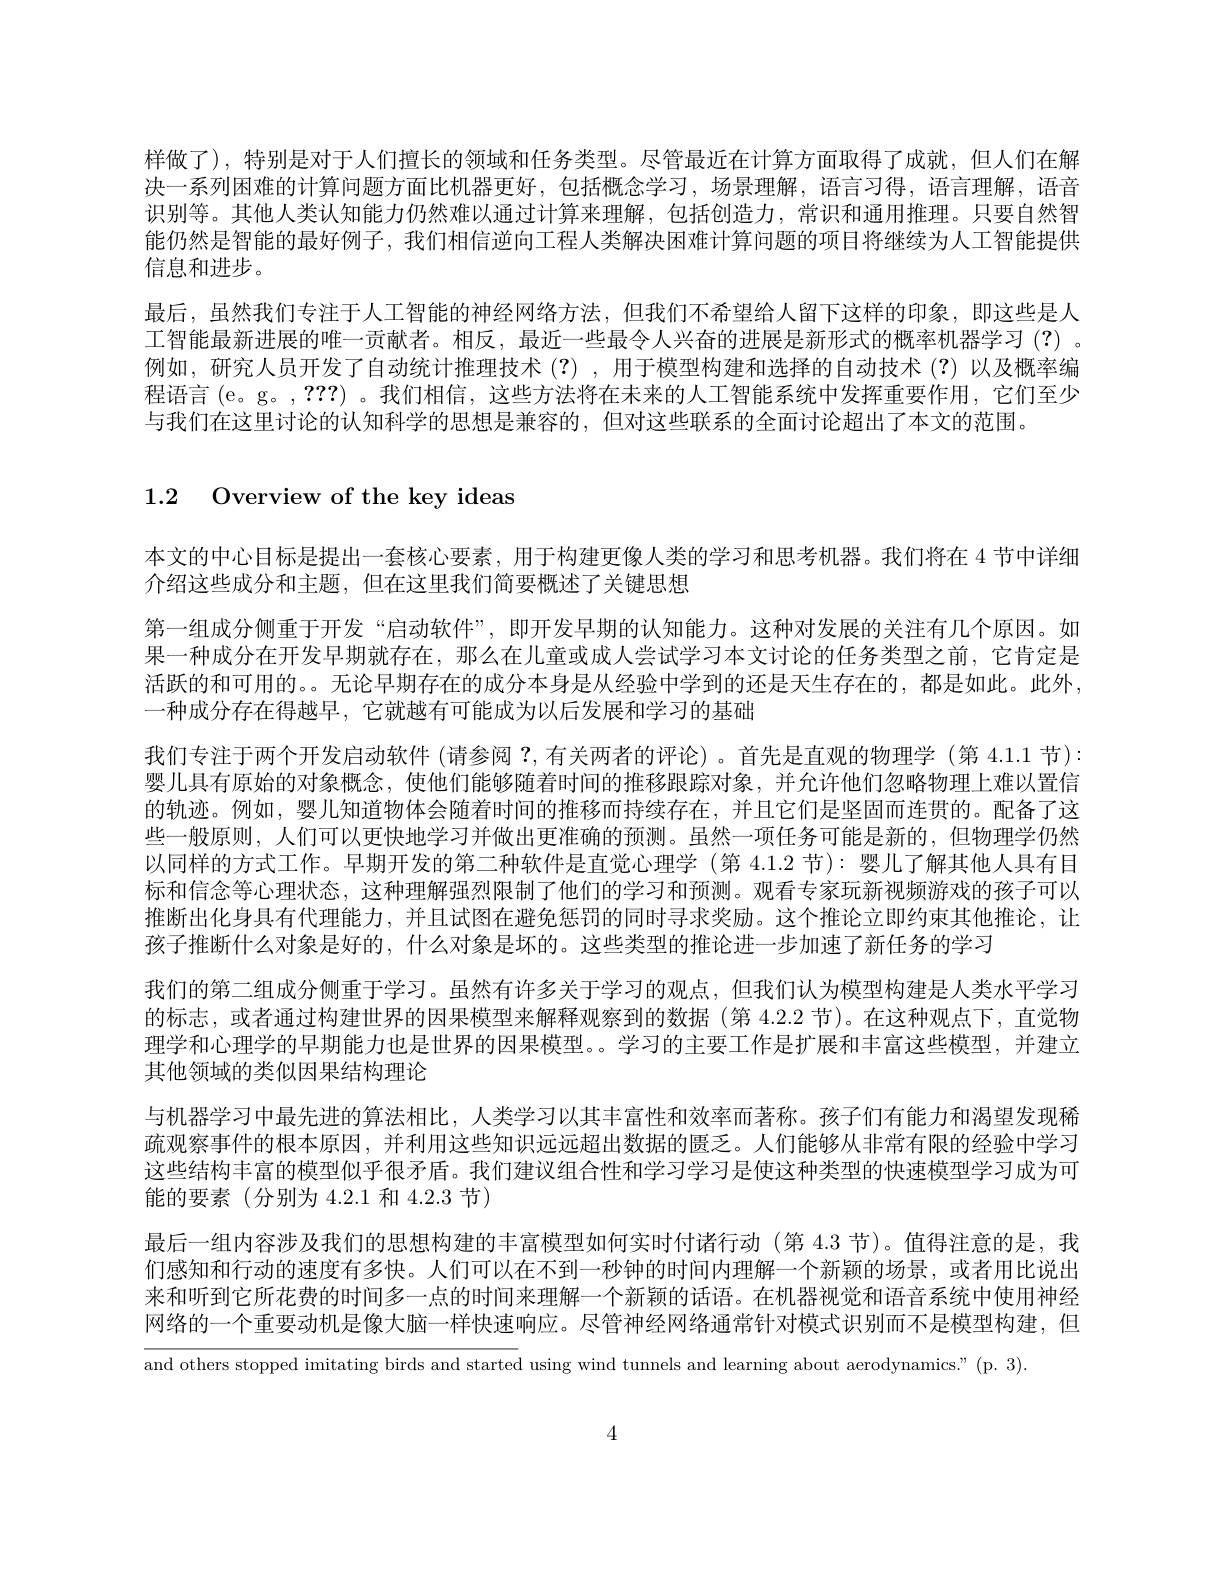
样做了),特别是对于人们擅长的领域和任务类型。尽管最近在计算方面取得了成就，但人们在解决一系列困难的计算问题方面比机器更好，包括概念学习，场景理解，语言习得，语言理解，语音识别等。其他人类认知能力仍然难以通过计算来理解，包括创造力，常识和通用推理。只要自然智能仍然是智能的最好例子，我们相信逆向工程人类解决困难计算问题的项目将继续为人工智能提供信息和进步。
最后，虽然我们专注于人工智能的神经网络方法，但我们不希望给人留下这样的印象，即这些是人工智能最新进展的唯一贡献者。相反，最近一些最令人兴奋的进展是新形式的概率机器学习(?) 。例如，研究人员开发了自动统计推理技术(?),用于模型构建和选择的自动技术(?)以及概率编程语言 (e。g。,???) 。我们相信，这些方法将在未来的人工智能系统中发挥重要作用，它们至少与我们在这里讨论的认知科学的思想是兼容的，但对这些联系的全面讨论超出了本文的范围。

# 1.2 Overview of the key ideas

本文的中心目标是提出一套核心要素，用于构建更像人类的学习和思考机器。我们将在 4 节中详细
介绍这些成分和主题，但在这里我们简要概述了关键思想
第一组成分侧重于开发“启动软件”,即开发早期的认知能力。这种对发展的关注有几个原因。如果一种成分在开发早期就存在，那么在儿童或成人尝试学习本文讨论的任务类型之前，它肯定是活跃的和可用的。。无论早期存在的成分本身是从经验中学到的还是天生存在的，都是如此。此外， 一种成分存在得越早，它就越有可能成为以后发展和学习的基础
我们专注于两个开发启动软件 (请参阅？,有关两者的评论)。首先是直观的物理学 (第 4.1.1 节): 婴儿具有原始的对象概念，使他们能够随着时间的推移跟踪对象，并允许他们忽略物理上难以置信的轨迹。例如，婴儿知道物体会随着时间的推移而持续存在，并且它们是坚固而连贯的。配备了这些一般原则，人们可以更快地学习并做出更准确的预测。虽然一项任务可能是新的，但物理学仍然以同样的方式工作。早期开发的第二种软件是直觉心理学 (第 4.1.2 节):婴儿了解其他人具有目标和信念等心理状态，这种理解强烈限制了他们的学习和预测。观看专家玩新视频游戏的孩子可以推断出化身具有代理能力，并且试图在避免惩罚的同时寻求奖励。这个推论立即约束其他推论，让孩子推断什么对象是好的，什么对象是坏的。这些类型的推论进一步加速了新任务的学习
我们的第二组成分侧重于学习。虽然有许多关于学习的观点，但我们认为模型构建是人类水平学习的标志，或者通过构建世界的因果模型来解释观察到的数据(第 4.2.2 节)。在这种观点下，直觉物理学和心理学的早期能力也是世界的因果模型。。学习的主要工作是扩展和丰富这些模型，并建立其他领域的类似因果结构理论
与机器学习中最先进的算法相比，人类学习以其丰富性和效率而著称。孩子们有能力和渴望发现稀疏观察事件的根本原因 , 并利用这些知识远远超出数据的匮乏。人们能够从非常有限的经验中学习这些结构丰富的模型似乎很矛盾。我们建议组合性和学习学习是使这种类型的快速模型学习成为可能的要素(分别为 4.2.1 和 4.2.3 节)
最后一组内容涉及我们的思想构建的丰富模型如何实时付诸行动 (第 4.3 节)。值得注意的是，我们感知和行动的速度有多快。人们可以在不到一秒钟的时间内理解一个新颖的场景，或者用比说出来和听到它所花费的时间多一点的时间来理解一个新颖的话语。在机器视觉和语音系统中使用神经网络的一个重要动机是像大脑一样快速响应。尽管神经网络通常针对模式识别而不是模型构建，但and others stopped imitating birds and started using wind tunnels and learning about aerodynamics." (p. 3).

4